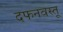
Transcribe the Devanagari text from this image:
दफनवस्तू